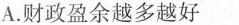
A.财政盈余越多越好